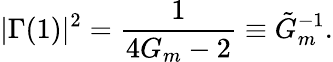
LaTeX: |\Gamma(1)|^{2}=\frac{1}{4G_{m}-2}\equiv\tilde{G}_{m}^{-1}.